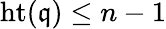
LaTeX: \operatorname{ht}({\mathfrak{q}})\leq n-1